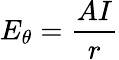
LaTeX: E_{\theta}={\frac{AI}{r}}